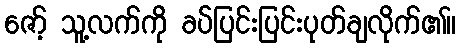
ဇော့် သူ့လက်ကို ခပ်ပြင်းပြင်းပုတ်ချလိုက်၏။